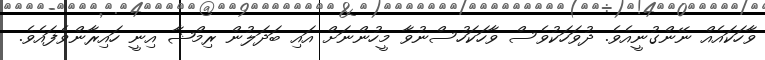
ވާހަކައެއް ނޭންގުނީއެވެ. ދުވަހަކުވެސް ވާހަކަހުސްނުވާ މީހުންނަށް އައި ބަދަލުން ރިމްޝާ އިނީ ހައިރާންވެފައެވެ.